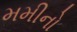
મમીનો